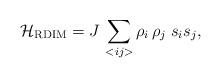
LaTeX: \begin{align*}{\cal H}_{\rm RDIM} = J\,\sum_{<ij>} \rho_i \,\rho_j \; s_i s_j,\end{align*}